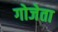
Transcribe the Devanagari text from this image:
गोजेता